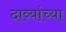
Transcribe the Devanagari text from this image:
दाव्यांच्या